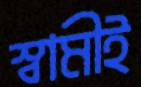
স্বামীই